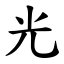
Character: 光